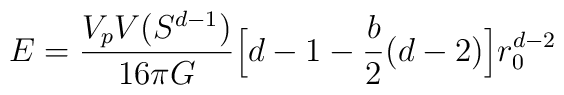
E = \frac{V_p V(S^{d-1})}{16 \pi G} \Big[ d-1 - \frac{b}{2} (d-2) \Big]r_0^{d-2}